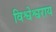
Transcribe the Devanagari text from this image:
विश्वेश्वराय